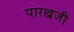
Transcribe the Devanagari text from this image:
पारखजी